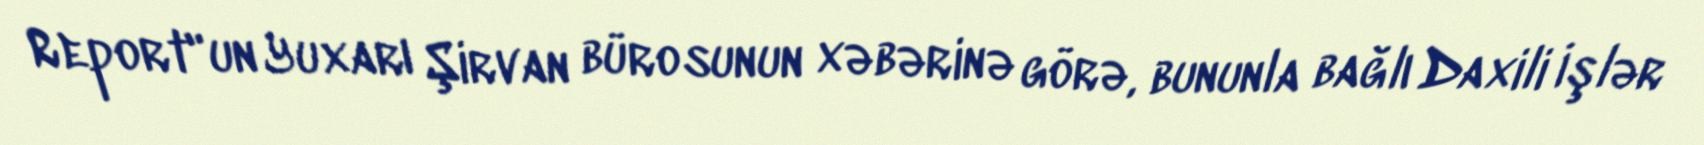
Report"un Yuxarı Şirvan bürosunun xəbərinə görə, bununla bağlı Daxili İşlər